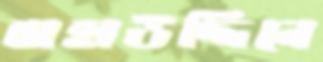
বাহাউদ্দিনে